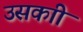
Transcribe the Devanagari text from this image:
उसकाी